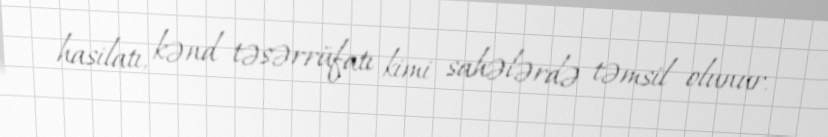
hasilatı, kənd təsərrüfatı kimi sahələrdə təmsil olunur.